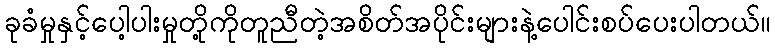
ခုခံမှုနှင့်ပေါ့ပါးမှုတို့ကိုတူညီတဲ့အစိတ်အပိုင်းများနဲ့ပေါင်းစပ်ပေးပါတယ်။